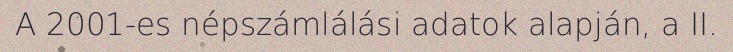
A 2001-es népszámlálási adatok alapján, a II.